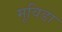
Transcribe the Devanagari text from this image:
मूविडा